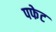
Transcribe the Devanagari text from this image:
पफेट